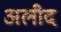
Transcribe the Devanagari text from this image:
अलीद